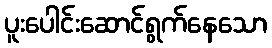
ပူးပေါင်းဆောင်ရွက်နေသော